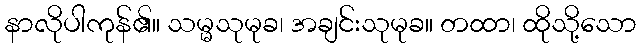
နာလိုပါကုန်၏။ သမ္မသုမုခ၊ အချင်းသုမုခ။ တထာ၊ ထိုသို့သော